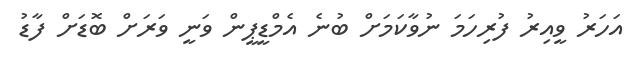
އަހަރު ވީއިރު ފުރިހަމަ ނުވާކަމަށް ބުނެ އެމްޑީޕީން ވަނީ ވަރަށް ބޮޑަށް ފާޑު